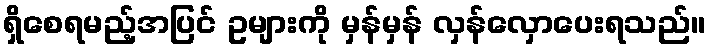
ရှိစေရမည့်အပြင် ဥများကို မှန်မှန် လှန်လှောပေးရသည်။